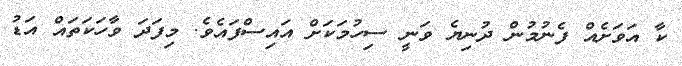
ކާ އަވަށެއް ފެނުމުން ދުނިޔެ ވަނީ ސިހުމަކަށް އައިސްފައެވެ. މިފަދަ ވާހަކަތައް އަޑު